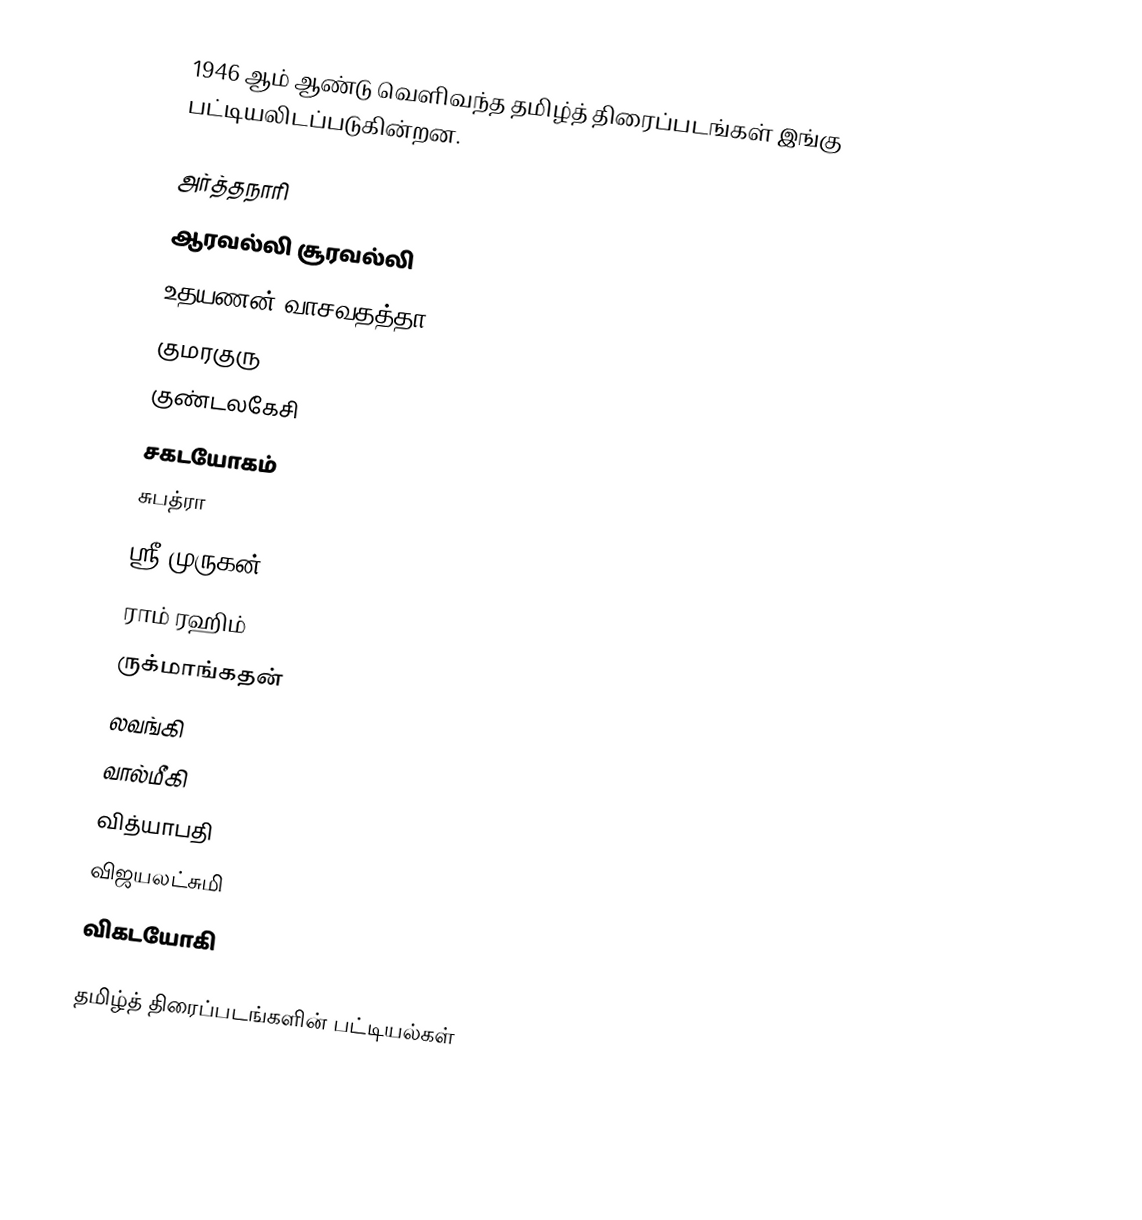
1946 ஆம் ஆண்டு வெளிவந்த தமிழ்த் திரைப்படங்கள் இங்கு பட்டியலிடப்படுகின்றன.

 அர்த்தநாரி
 ஆரவல்லி சூரவல்லி
 உதயணன் வாசவதத்தா
 குமரகுரு
 குண்டலகேசி
 சகடயோகம்
 சுபத்ரா
 ஸ்ரீ முருகன்
 ராம் ரஹிம்
 ருக்மாங்கதன்
 லவங்கி
 வால்மீகி
 வித்யாபதி
 விஜயலட்சுமி
 விகடயோகி

தமிழ்த் திரைப்படங்களின் பட்டியல்கள்